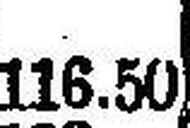
116.50